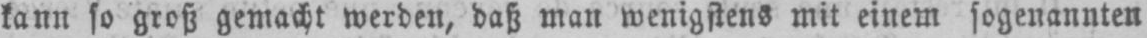
kann so groß gemacht werden, daß man wenigstens mit einem sogenannten